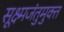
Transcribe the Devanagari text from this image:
सूक्ष्मजंतुमुक्त